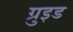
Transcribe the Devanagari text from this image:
ग्रुइड